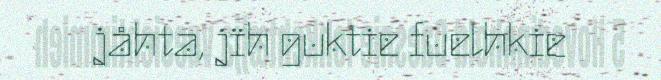
jåhta, jïh guktie fuelhkie